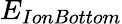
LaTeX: E_{IonBottom}